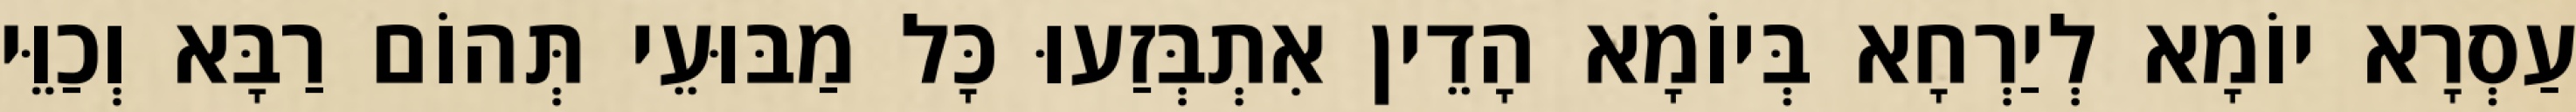
עַסְרָא יוֹמָא לְיַרְחָא בְּיוֹמָא הָדֵין אִתְבְּזַעוּ כָּל מַבּוּעֵי תְּהוֹם רַבָּא וְכַוֵּי